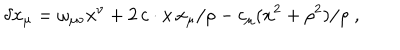
LaTeX: \delta x _ { \mu } = \omega _ { \mu \nu } x ^ { \nu } + 2 \, c \cdot x \, x _ { \mu } / \rho - c _ { \mu } ( x ^ { 2 } + \rho ^ { 2 } ) / \rho \; ,